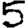
Digit: 5